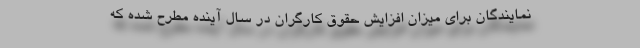
نمایندگان برای میزان افزایش حقوق کارگران در سال آینده مطرح شده که